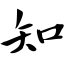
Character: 知